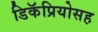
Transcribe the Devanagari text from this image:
डिकॅप्रियोसह